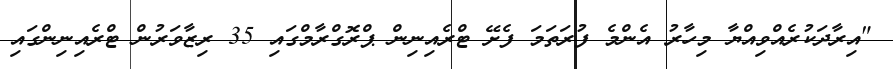
"އިރާދަކުރެއްވިއްޔާ މިހާރު އެންމެ ފުރަތަމަ ފެށޭ ޓްރެއިނިން ޕްރޮގްރާމްގައި 35 ރިޒާވަރުން ޓްރެއިނިންގައި